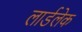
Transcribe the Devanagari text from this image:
लार्डलेक